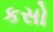
કસો